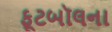
ફૂટબૉલના